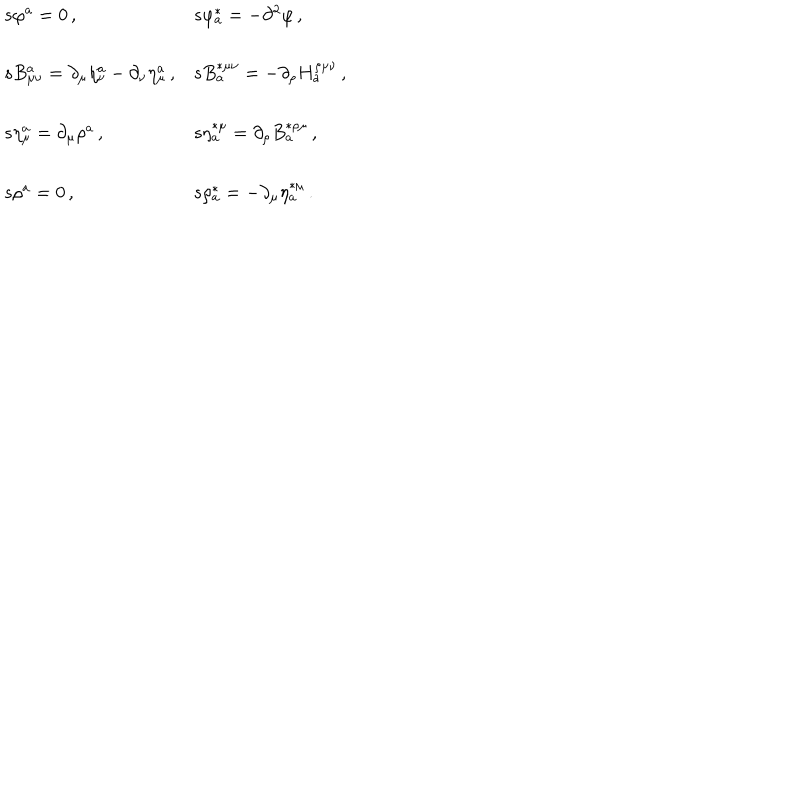
\begin{array} { l l } { { s \varphi ^ { a } = 0 \, , } } & { { s \varphi _ { a } ^ { * } = - \partial ^ { 2 } \varphi \, , } } \\ { { } } & { { } } \\ { { s B _ { \mu \nu } ^ { a } = \partial _ { \mu } \eta _ { \nu } ^ { a } - \partial _ { \nu } \eta _ { \mu } ^ { a } \, , } } & { { s B _ { a } ^ { * \mu \nu } = - \partial _ { \rho } H _ { a } ^ { \rho \mu \nu } \, , } } \\ { { } } & { { } } \\ { { s \eta _ { \mu } ^ { a } = \partial _ { \mu } \rho ^ { a } \, , } } & { { s \eta _ { a } ^ { * \mu } = \partial _ { \rho } B _ { a } ^ { * \rho \mu } \, , } } \\ { { } } & { { } } \\ { { s \rho ^ { a } = 0 \, , } } & { { s \rho _ { a } ^ { * } = - \partial _ { \mu } \eta _ { a } ^ { * \mu } \, . } } \\ { { } } & { { } } \\ { { } } & { { } } \\ \end{array}